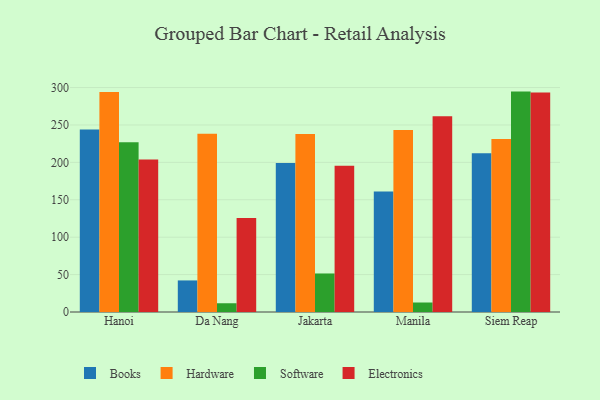
{"axis": {"x": "City", "y": "Website Visitors"}, "legend": ["Books", "Electronics", "Hardware", "Software"], "data": [{"x": "Hanoi", "y": 243.9, "type": "Books"}, {"x": "Hanoi", "y": 294.1, "type": "Hardware"}, {"x": "Hanoi", "y": 226.8, "type": "Software"}, {"x": "Hanoi", "y": 203.9, "type": "Electronics"}, {"x": "Da Nang", "y": 42.2, "type": "Books"}, {"x": "Da Nang", "y": 238.2, "type": "Hardware"}, {"x": "Da Nang", "y": 11.7, "type": "Software"}, {"x": "Da Nang", "y": 125.8, "type": "Electronics"}, {"x": "Jakarta", "y": 199.3, "type": "Books"}, {"x": "Jakarta", "y": 238.0, "type": "Hardware"}, {"x": "Jakarta", "y": 51.5, "type": "Software"}, {"x": "Jakarta", "y": 195.6, "type": "Electronics"}, {"x": "Manila", "y": 161.2, "type": "Books"}, {"x": "Manila", "y": 243.2, "type": "Hardware"}, {"x": "Manila", "y": 12.7, "type": "Software"}, {"x": "Manila", "y": 261.8, "type": "Electronics"}, {"x": "Siem Reap", "y": 212.3, "type": "Books"}, {"x": "Siem Reap", "y": 231.2, "type": "Hardware"}, {"x": "Siem Reap", "y": 294.6, "type": "Software"}, {"x": "Siem Reap", "y": 293.5, "type": "Electronics"}]}